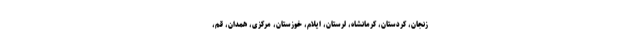
زنجان، کردستان، کرمانشاه، لرستان، ایلام، خوزستان، مرکزی، همدان، قم،